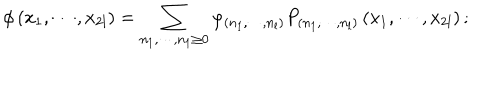
LaTeX: \phi \left( x _ { 1 } , \cdots , x _ { 2 l } \right) = \sum _ { n _ { 1 } , \cdots , n _ { 1 } \geq 0 } \varphi _ { \left( n _ { 1 } , \cdots , n _ { l } \right) } P _ { \left( n _ { 1 } , \cdots , n _ { l } \right) } \left( x _ { 1 } , \cdots , x _ { 2 l } \right) ;